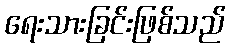
ရေးသားခြင်းဖြစ်သည်